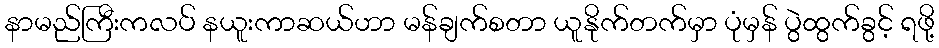
နာမည်ကြီးကလပ် နယူးကာဆယ်ဟာ မန်ချက်စတာ ယူနိုက်တက်မှာ ပုံမှန် ပွဲထွက်ခွင့် ရဖို့